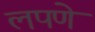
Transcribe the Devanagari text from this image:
लपणे